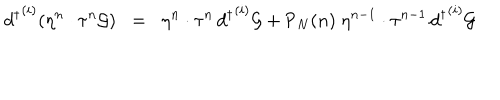
LaTeX: { d ^ { \dagger } } ^ { ( i ) } ( \eta ^ { n } \cdot \tau ^ { n } { \cal { G } } ) \; \; = \; \; \eta ^ { n } \cdot \tau ^ { n } \, { d ^ { \dagger } } ^ { ( i ) } { \cal { G } } + { \textsf { P } } _ { N } ( n ) \; \eta ^ { n - 1 } \cdot \tau ^ { n - 1 } \, { d ^ { \dagger } } ^ { ( i ) } { \cal { G } }